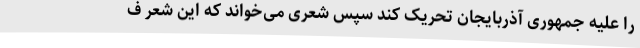
را علیه جمهوری آذربایجان تحریک کند سپس شعری می‌خواند که این شعر ف